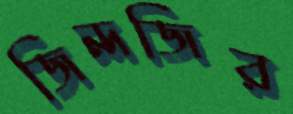
জিন্দজির